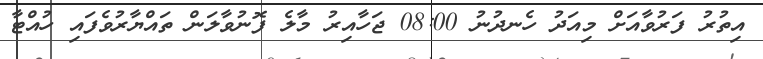
އިތުރު ފަރުވާއަށް މިއަދު ހެނދުނު 08:00 ޖަހާއިރު މާލެ ފޮނުވާލަން ތައްޔާރުވެފައި ހުއްޓާ